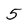
Character: 5